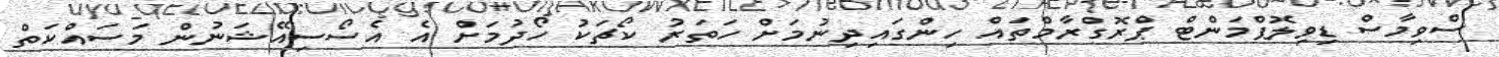
ސްވިމާސް ޑިވިލޮޕްމަންޓް ޕްރޮގްރާމްތައް ހިންގައިދިނުމަށް ހަތަރު ކޯޗަކު ހޯދުމަށް އެ އެސޯސިއޭޝަނުން މަސައްކަތް